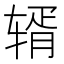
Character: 𬨏